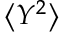
\big < Y ^ { 2 } \big >